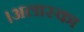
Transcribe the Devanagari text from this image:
।अलास्का